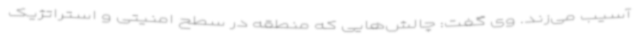
آسیب می‌زند. وی گفت: چالش‌هایی که منطقه در سطح امنیتی و استراتژیک